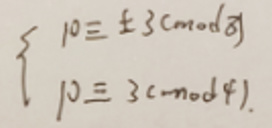
\[
\begin{cases}
10\equiv \pm 3\pmod{q}\\
10\equiv 3\pmod{4}
\end{cases}
\]